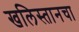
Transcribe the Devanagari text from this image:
खलिस्तानचा